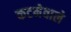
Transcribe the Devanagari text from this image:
कटनेवाले